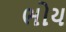
ભોય